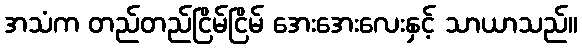
အသံက တည်တည်ငြိမ်ငြိမ် အေးအေးလေးနှင့် သာယာသည်။